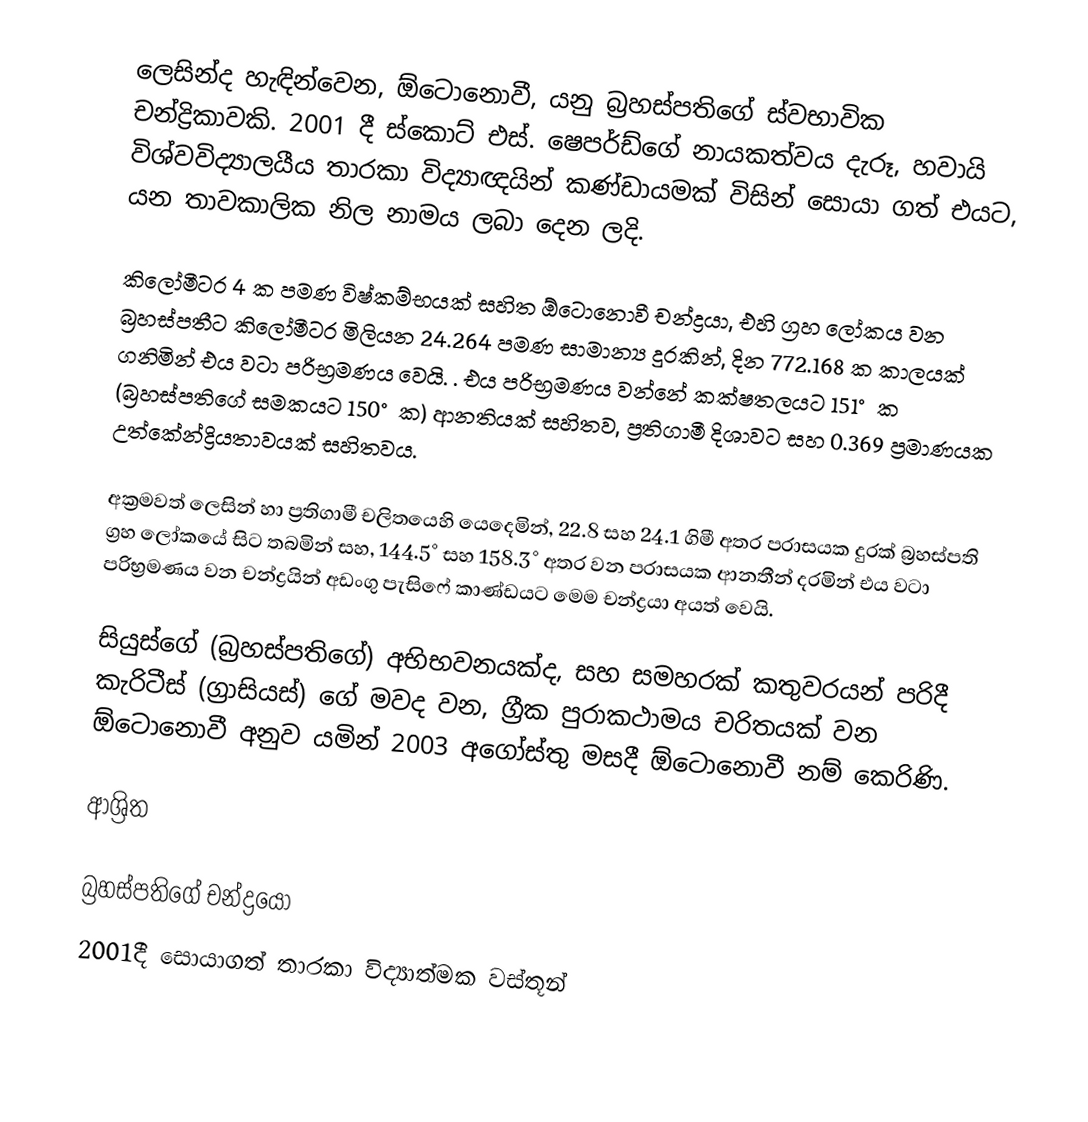
ලෙසින්ද හැඳින්වෙන, ඕටොනොවී, යනු  බ්‍රහස්පතිගේ ස්වභාවික චන්ද්‍රිකාවකි. 2001 දී   ස්කොට් එස්. ෂෙපර්ඩ්ගේ නායකත්වය දැරූ, හවායි විශ්වවිද්‍යාලයීය තාරකා විද්‍යාඥයින් කණ්ඩායමක් විසින් සොයා ගත් එයට,  යන තාවකාලික නිල නාමය ලබා දෙන ලදි.

කිලෝමීටර 4 ක පමණ විෂ්කම්භයක් සහිත ඕටොනොවී චන්ද්‍රයා, එහි ග්‍රහ ලෝකය වන බ්‍රහස්පතීට කිලෝමීටර මිලියන  24.264 පමණ සාමාන්‍ය දුරකින්,  දින  772.168 ක කාලයක් ගනිමින් එය වටා පරිභ්‍රමණය වෙයි. . එය පරිභ්‍රමණය වන්නේ කක්ෂතලයට 151°  ක (බ්‍රහස්පතිගේ සමකයට 150° ක) ආනතියක්  සහිතව, ප්‍රතිගාමී දිශාවට සහ  0.369 ප්‍රමාණයක  උත්කේන්ද්‍රියතාවයක් සහිතවය.

අක්‍රමවත් ලෙසින් හා ප්‍රතිගාමී චලිතයෙහි යෙදෙමින්,  22.8 සහ 24.1 ගිමී අතර පරාසයක දුරක් බ්‍රහස්පති ග්‍රහ ලෝකයේ  සිට තබමින් සහ, 144.5° සහ 158.3° අතර වන පරාසයක ආනතීන් දරමින් එය වටා පරිභ්‍රමණය වන චන්ද්‍රයින් අඩංගු   පැසිෆේ කාණ්ඩයට මෙම චන්ද්‍රයා අයත් වෙයි.

සියුස්ගේ (බ්‍රහස්පතිගේ) අභිභවනයක්ද,  සහ සමහරක් කතුවරයන් පරිදී කැරිටීස් (ග්‍රාසියස්) ගේ මවද වන, ග්‍රීක පුරාකථාමය චරිතයක් වන   ඕටොනොවී අනුව යමින් 2003 අගෝස්තු මසදී ඕටොනොවී නම් කෙරිණි.

ආශ්‍රිත

බ්‍රහස්පතිගේ චන්ද්‍රයෝ
2001දී සොයාගත් තාරකා විද්‍යාත්මක වස්තූන්